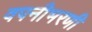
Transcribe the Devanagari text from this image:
वपनीभरणी